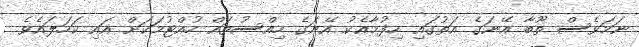
ނަމަވެސް ތޫބާ އޭނަގެ އަތުގައި ހިފުމާއެކު އޭނަގެ ހިއްސުތައް ހުއްޓުމަކަށް އައި ކަހަލައެވެ.